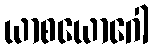
ယာစယောဂေါ